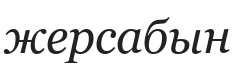
жерсабын